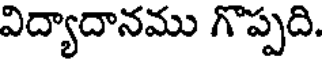
విద్యాదానము గొప్పది.